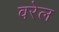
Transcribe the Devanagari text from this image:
वरेल